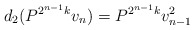
\begin{align*}d_2(P^{2^{n-1} k} v_n ) = P^{2^{n-1} k} v_{n-1}^2\end{align*}